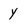
Character: y